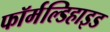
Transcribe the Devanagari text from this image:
फॉर्मल्डिहाइड